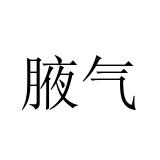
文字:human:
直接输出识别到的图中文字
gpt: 腋气